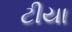
ટીયા